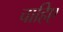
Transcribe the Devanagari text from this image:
चाहिेए